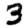
Digit: 3